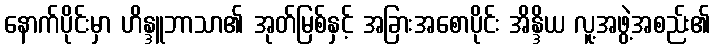
နောက်ပိုင်းမှာ ဟိန္ဒူဘာသာ၏ အုတ်မြစ်နှင့် အခြားအစောပိုင်း အိန္ဒိယ လူ့အဖွဲ့အစည်း၏